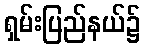
ရှမ်းပြည်နယ်၌